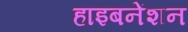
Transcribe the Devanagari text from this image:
हाइबनेंशन